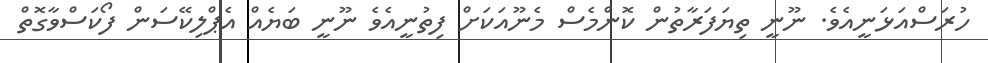
ހުރަސްއަޅަނީއެވެ. ނޫނީ ތިޔަފަރާތުން ކޮންމެސް މެނޫއަކަށް ފިތުނީއެވެ ނޫނީ ބަޔެއް އެޕްލިކޭސަން ފޯކަސްވާގޮތް